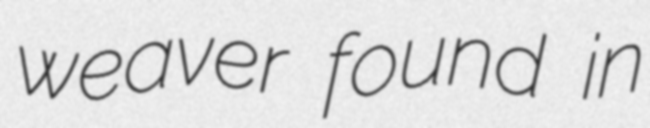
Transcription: weaver found in